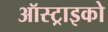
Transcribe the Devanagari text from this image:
ऑस्ट्राइको